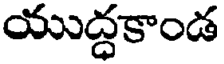
యుద్ధకాండ